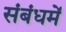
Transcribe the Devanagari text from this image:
संबंधमें